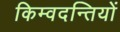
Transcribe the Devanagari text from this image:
किम्वदन्तियों